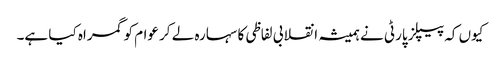
کیوں کہ پیپلز پارٹی نے ہمیشہ انقلابی لفاظی کا سہارہ لے کر عوام کو گمراہ کیا ہے۔